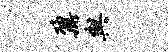
鼐与